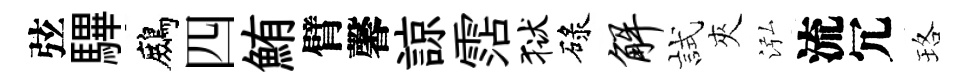
弦驆鷓四鮪臂馨諒霑狱碌解試夾泓流冗珞